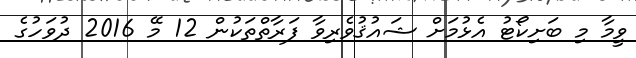
ވީމާ މި ބަށިކޯޓު އެޅުމަށް ޝައުޤުވެރިވާ ފަރާތްތަކުން 12 މޭ 2016 ދުވަހުގެ